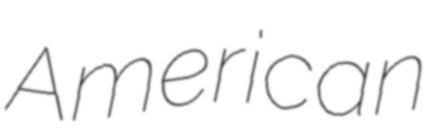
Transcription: American